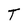
Character: T